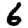
Digit: 6